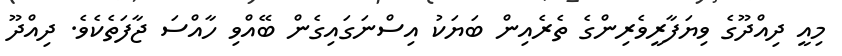
މިއީ ދިއްދޫގެ ވިޔަފާރީވެރިންގެ ތެރެއިން ބަޔަކު އިސްނަގައިގެން ބޭއްވި ހާއްސަ ޖާފަތެކެވެ. ދިއްދޫ